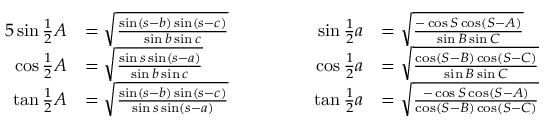
{ \begin{array} { r l r l } { { 5 } \sin { \frac { 1 } { 2 } } A } & { = { \sqrt { \frac { \sin ( s - b ) \sin ( s - c ) } { \sin b \sin c } } } } & { \qquad \qquad \sin { \frac { 1 } { 2 } } a } & { = { \sqrt { \frac { - \cos S \cos ( S - A ) } { \sin B \sin C } } } } \\ { \cos { \frac { 1 } { 2 } } A } & { = { \sqrt { \frac { \sin s \sin ( s - a ) } { \sin b \sin c } } } } & { \cos { \frac { 1 } { 2 } } a } & { = { \sqrt { \frac { \cos ( S - B ) \cos ( S - C ) } { \sin B \sin C } } } } \\ { \tan { \frac { 1 } { 2 } } A } & { = { \sqrt { \frac { \sin ( s - b ) \sin ( s - c ) } { \sin s \sin ( s - a ) } } } } & { \tan { \frac { 1 } { 2 } } a } & { = { \sqrt { \frac { - \cos S \cos ( S - A ) } { \cos ( S - B ) \cos ( S - C ) } } } } \end{array} }